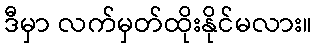
ဒီမှာ လက်မှတ်ထိုးနိုင်မလား။